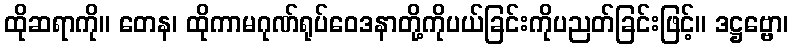
ထိုဆရာကို။ တေန၊ ထိုကာမဂုဏ်ရုပ်ဝေဒနာတို့ကိုပယ်ခြင်းကိုပညတ်ခြင်းဖြင့်။ ဒဋ္ဌဗ္ဗော၊